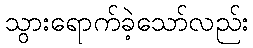
သွားရောက်ခဲ့သော်လည်း